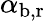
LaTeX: \alpha_{\mathrm{b,r}}